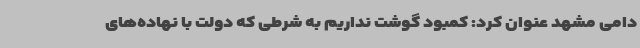
دامی مشهد عنوان کرد: کمبود گوشت نداریم به شرطی که دولت با نهاده‌های